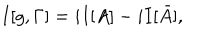
I [ g , \Gamma ] = i I [ A ] - i I [ \bar { A } ] ,